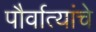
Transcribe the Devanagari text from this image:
पौर्वात्यांचे